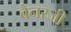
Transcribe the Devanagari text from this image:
बैनरजी